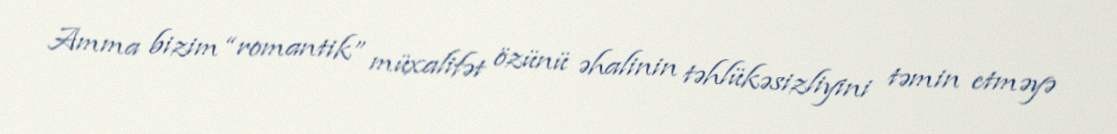
Amma bizim “romantik” müxalifət özünü əhalinin təhlükəsizliyini təmin etməyə